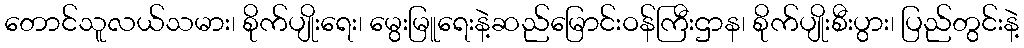
တောင်သူလယ်သမား၊ စိုက်ပျိုးရေး၊ မွေးမြူရေးနဲ့ဆည်မြောင်းဝန်ကြီးဌာန၊ စိုက်ပျိုးစီးပွား၊ ပြည်တွင်းနဲ့